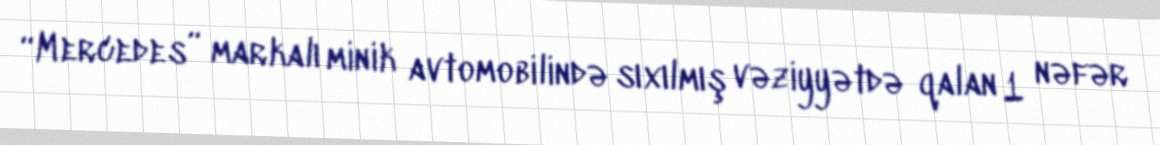
“Mercedes” markalı minik avtomobilində sıxılmış vəziyyətdə qalan 1 nəfər